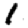
Digit: 1